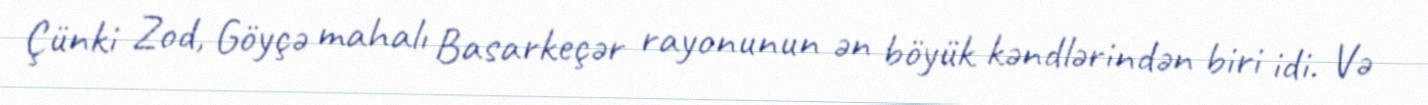
Çünki Zod, Göyçə mahalı Basarkeçər rayonunun ən böyük kəndlərindən biri idi. Və